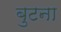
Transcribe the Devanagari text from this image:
बुटना